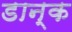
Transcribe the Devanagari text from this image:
डान्क